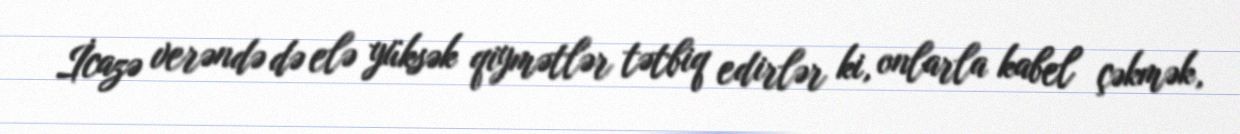
İcazə verəndə də elə yüksək qiymətlər tətbiq edirlər ki, onlarla kabel çəkmək,